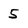
Character: 5